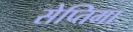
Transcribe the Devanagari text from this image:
सेप्तिमा